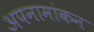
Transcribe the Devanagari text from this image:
अपनामांकन